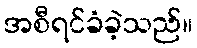
အစီရင်ခံခဲ့သည်။